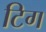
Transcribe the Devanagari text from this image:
टिग